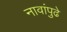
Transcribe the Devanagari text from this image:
नावांपुढे